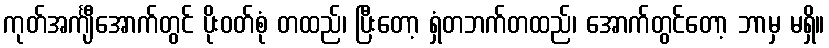
ကုတ်အင်္ကျီအောက်တွင် ပိုးဝတ်စုံ တထည်၊ ပြီးတော့ ရှံတဘက်တထည်၊ အောက်တွင်တော့ ဘာမှ မရှိ။